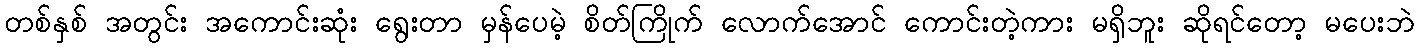
တစ်နှစ် အတွင်း အကောင်းဆုံး ရွေးတာ မှန်ပေမဲ့ စိတ်ကြိုက် လောက်အောင် ကောင်းတဲ့ကား မရှိဘူး ဆိုရင်တော့ မပေးဘဲ